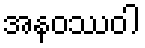
အနဝဿဝါ